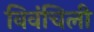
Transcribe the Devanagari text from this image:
विवंचिली